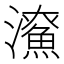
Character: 𤃖